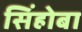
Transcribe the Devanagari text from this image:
सिंहोबा